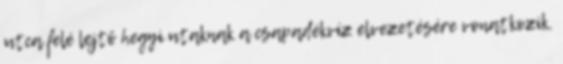
utca felé lejtő hegyi utaknak a csapadékvíz elvezetésére vonatkozik.